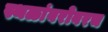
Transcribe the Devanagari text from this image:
स्थळांबरोबरच